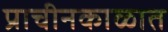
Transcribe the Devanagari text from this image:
प्राचीनकाळात